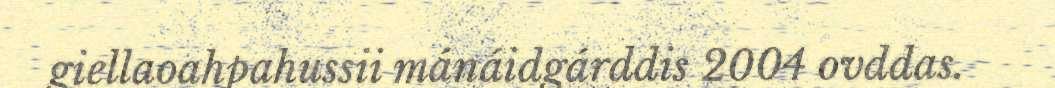
giellaoahpahussii mánáidgárddis 2004 ovddas.